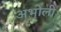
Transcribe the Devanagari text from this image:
अभोली